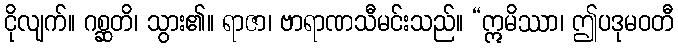
ငိုလျက်။ ဂစ္ဆတိ၊ သွား၏။ ရာဇာ၊ ဗာရာဏသီမင်းသည်။ “ဣမိဿာ၊ ဤပဒုမဝတီ